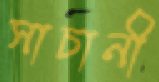
সাচানী